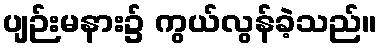
ပျဉ်းမနား၌ ကွယ်လွန်ခဲ့သည်။